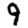
Digit: 9